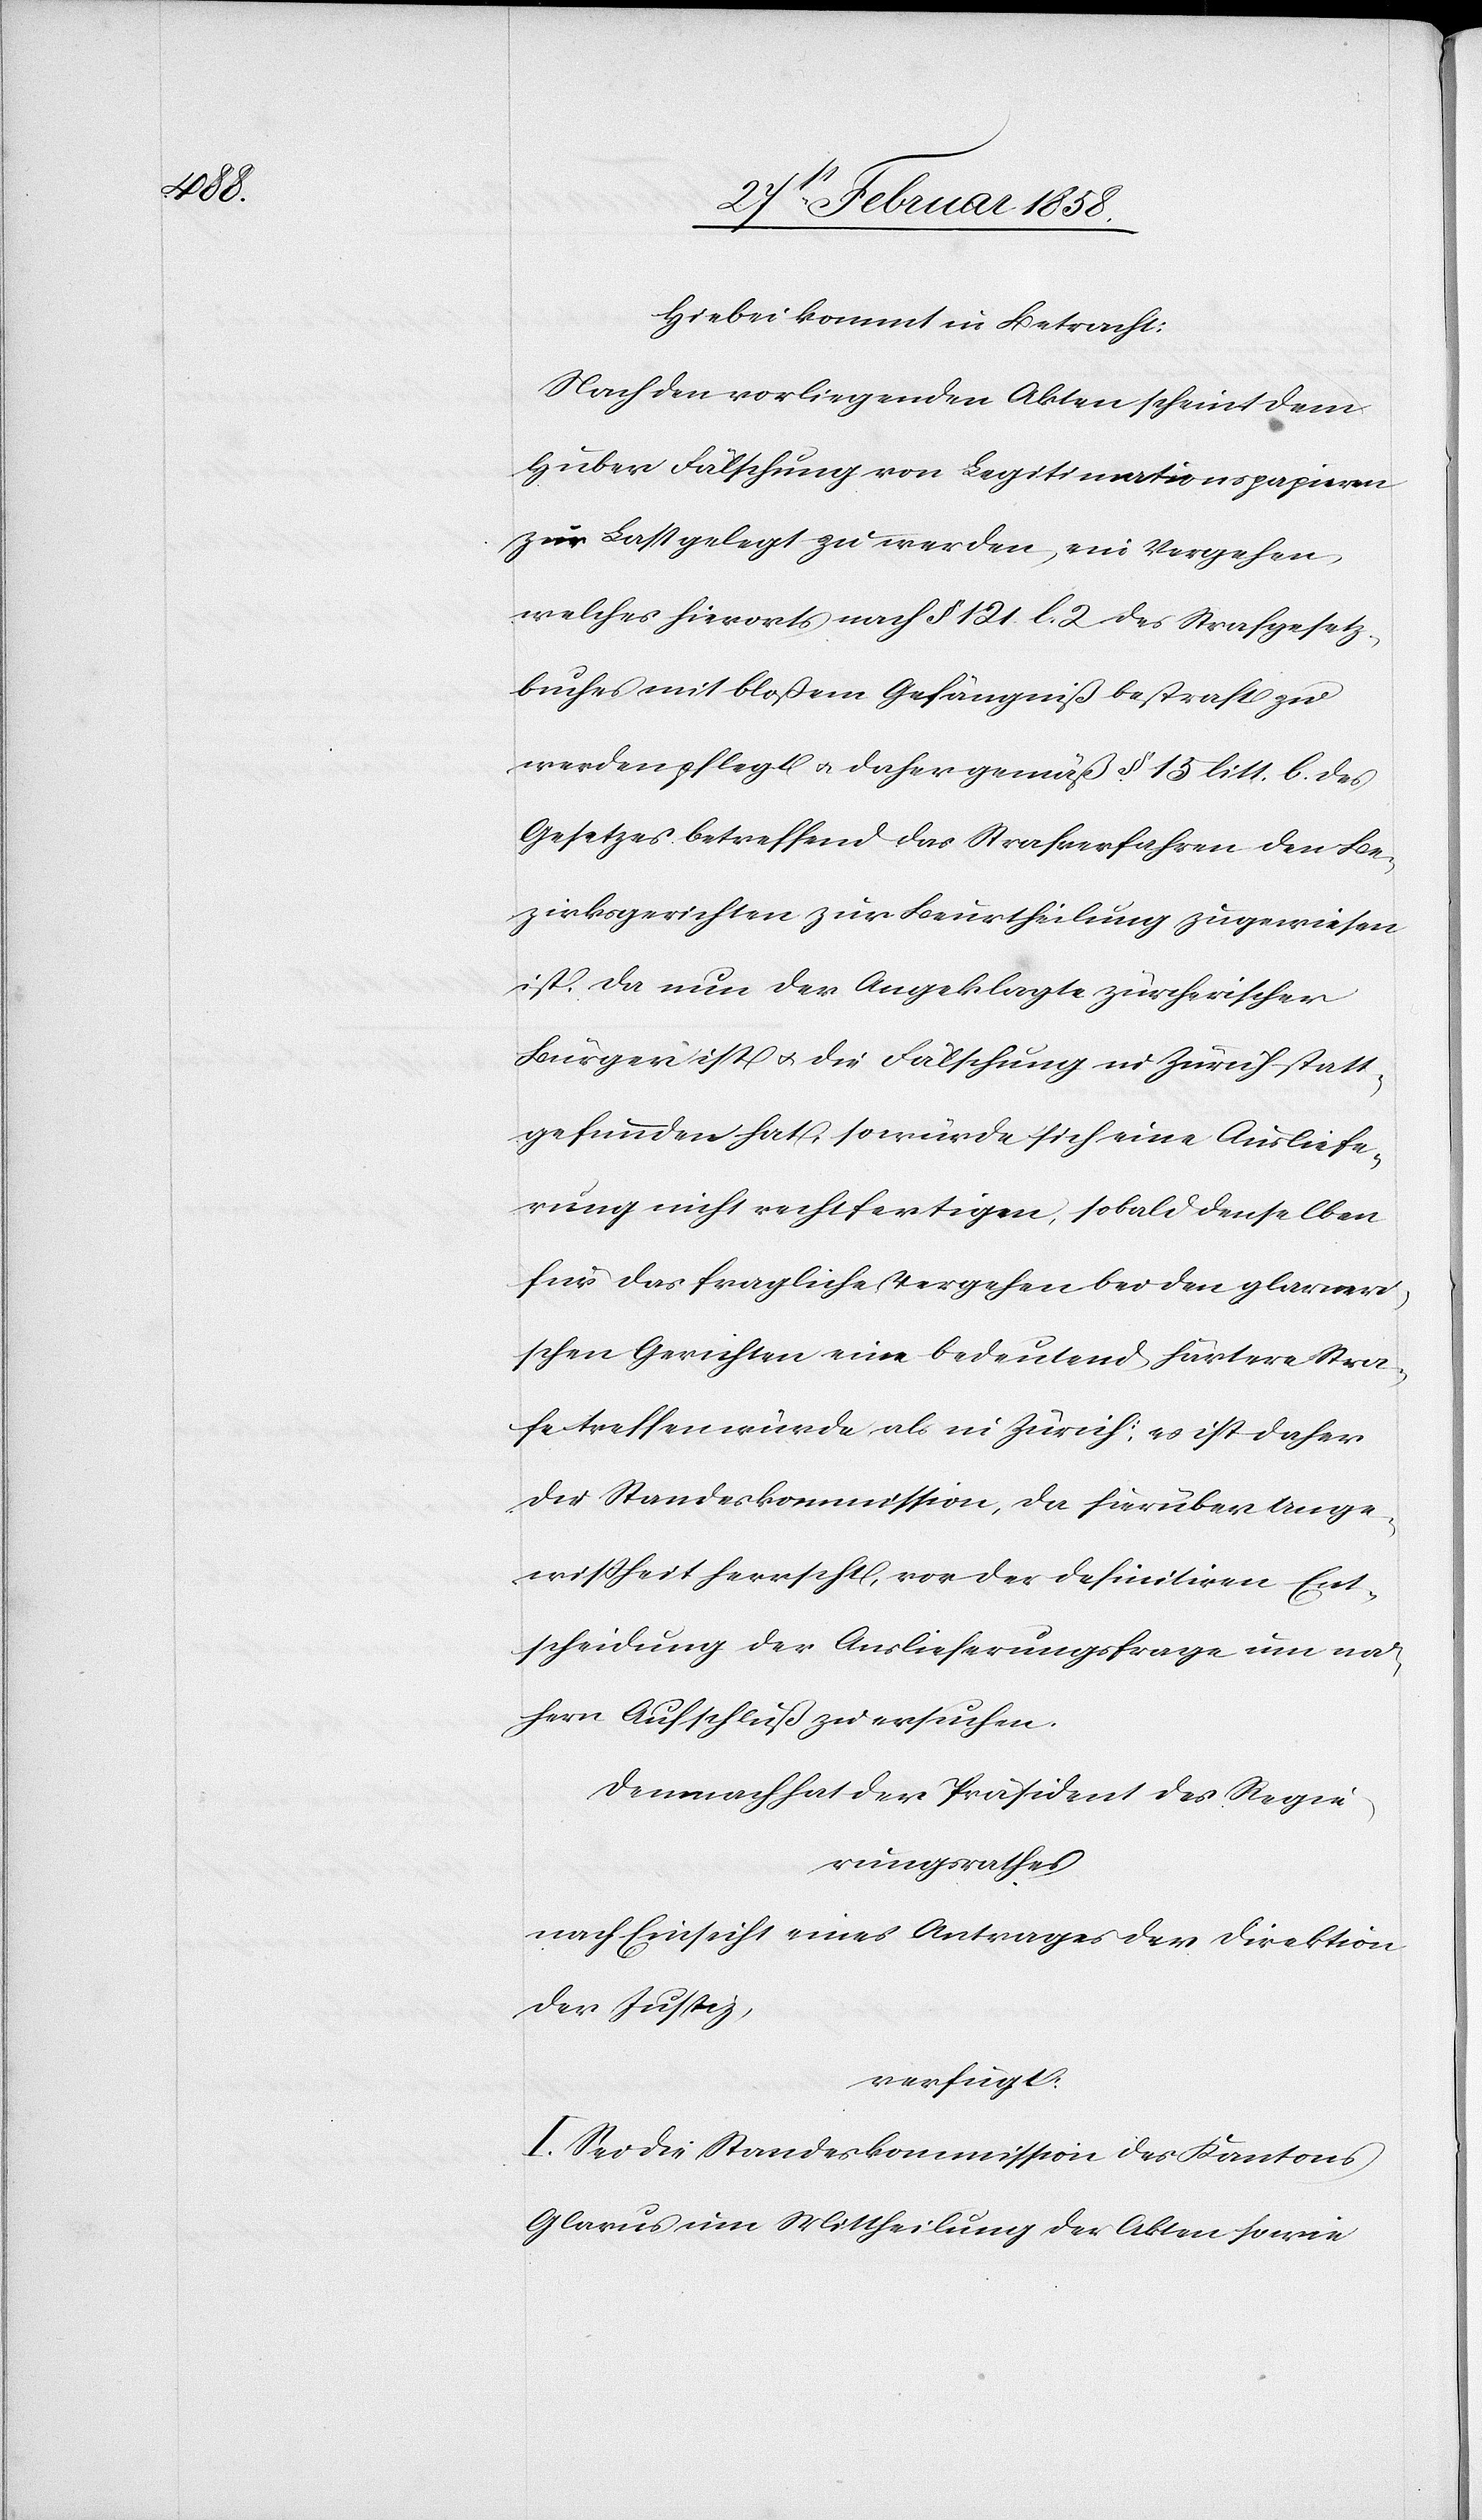
Hiebei kommt in Betracht:
Nach den vorliegenden Akten scheint dem
Huber Fälschung von Legitimationspapieren
zur Last gelegt zu werden, ein Vergehen
welches hierorts nach § 121 l 2 des Strafgesetz¬
buches mit bloßem Gefängniß bestraft zu
werden pflegt u. daher gemäß § 15 litt. b. des
Gesetzes betreffend das Strafverfahren den Be¬
zirksgerichten zur Beurtheilung zugewiesen
ist. Da nun der Angeklagte zürcherischer
Bürger ist u. die Fälschung in Zürich statt¬
gefunden hat, so würde sich eine Ausliefe¬
rung nicht rechtfertigen, sobald denselben
für das fragliche Vergehen bei den glarneri¬
schen Gerichten eine bedeutend härtere Stra¬
fe treffen würde, als in Zürich; es ist daher
die Standeskommisson, da hierüber Unge¬
wißheit herrscht, vor der definitiven Ent¬
scheidung der Auslieferungsfrage um nä¬
hern Aufschluß zu ersuchen.
Demnach hat der Präsident des Regie¬
rungsrathes
nach Einsicht eines Antrages der Direktion
der Justiz,
verfügt:
I. Sei die Standeskommission des Kantons
Glarus um Mittheilung der Akten sowie